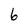
Character: 6